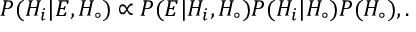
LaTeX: P ( H _ { i } | E , H _ { \circ } ) \propto P ( E | H _ { i } , H _ { \circ } ) P ( H _ { i } | H _ { \circ } ) P ( H _ { \circ } ) , .